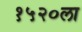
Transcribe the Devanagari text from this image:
१५२०ला